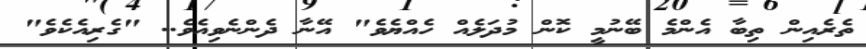
ތެރެއިން ތިބާ އެންމެ ބޭނުމީ ކޮން މުދަލެއް ހެއްޔެވެ" އޭނާ ދެންނެވިއެވެ.. "ގެރިއެކެވެ"